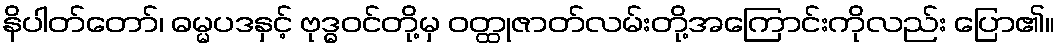
နိပါတ်တော်၊ ဓမ္မပဒနှင့် ဗုဒ္ဓဝင်တို့မှ ဝတ္ထုဇာတ်လမ်းတို့အကြောင်းကိုလည်း ပြော၏။